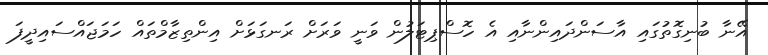
އޭނާ ބުނިގޮތުގައި އާސަންދައިންނާއި އެ ހޮސްޕިޓަލުން ވަނީ ވަރަށް ރަނގަޅަށް އިންތިޒާމްތައް ހަމަޖައްސައިދީފަ